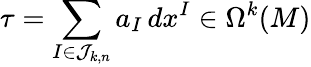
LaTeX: \tau=\sum_{I\in{\mathcal{J}}_{k,n}}a_{I}\, dx^{I}\in\Omega^{k}(M)